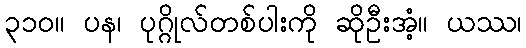
၃၁၀။ ပန၊ ပုဂ္ဂိုလ်တစ်ပါးကို ဆိုဦးအံ့။ ယဿ၊